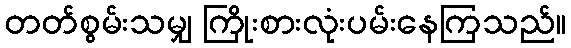
တတ်စွမ်းသမျှ ကြိုးစားလုံးပမ်းနေကြသည်။